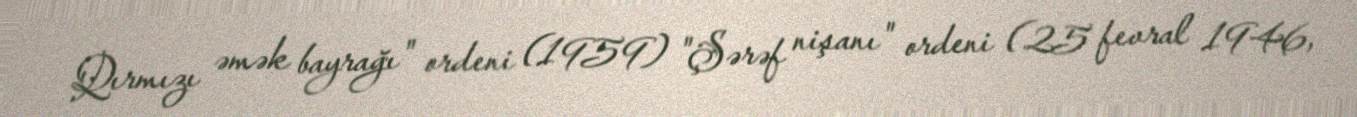
Qırmızı əmək bayrağı" ordeni (1959) "Şərəf nişanı" ordeni (25 fevral 1946,